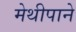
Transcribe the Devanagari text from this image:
मेथीपाने